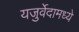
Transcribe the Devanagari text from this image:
यजुर्वेदामध्ये